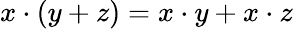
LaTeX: x\cdot(y+z)=x\cdot y+x\cdot z